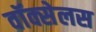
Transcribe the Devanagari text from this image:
वॉक्सेलस